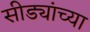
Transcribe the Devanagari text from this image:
सीड्यांच्या